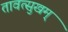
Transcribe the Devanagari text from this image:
तावत्सुखम्